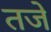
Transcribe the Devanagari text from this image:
तजे